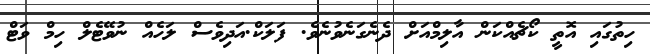
ހިތުގައި އޮތީ ކޯޗެއްކަން އާލިމްއަށް ދެނެގަނެވުނެވެ. ފަަލަކް.އަދިވެސް ލަހެއް ނުވޭޓެލް ހިމް ވަޓް